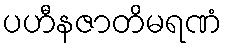
ပဟီနဇာတိမရဏံ